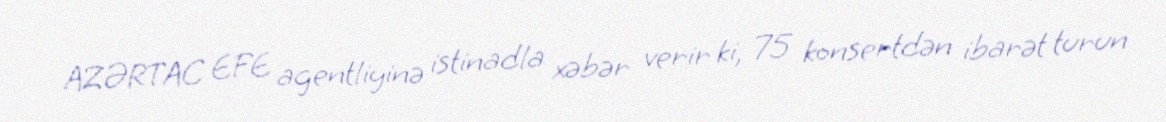
AZƏRTAC EFE agentliyinə istinadla xəbər verir ki, 75 konsertdən ibarət turun